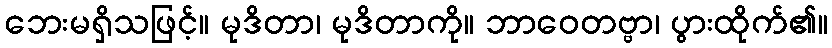
ဘေးမရှိသဖြင့်။ မုဒိတာ၊ မုဒိတာကို။ ဘာဝေတဗ္ဗာ၊ ပွားထိုက်၏။